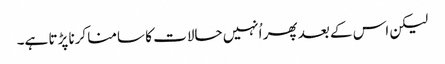
لیکن اس کے بعد پھر اُنہیں حالات کا سامنا کرنا پڑتا ہے۔